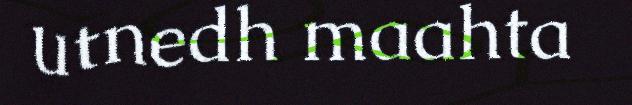
utnedh maahta